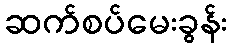
ဆက်စပ်မေးခွန်း